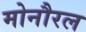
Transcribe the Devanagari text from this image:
मोनौरल